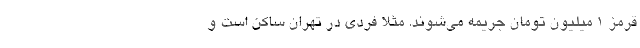
قرمز ۱ میلیون تومان جریمه می‌شوند. مثلاً فردی در تهران ساکن است و